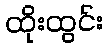
ထိုးထွင်း